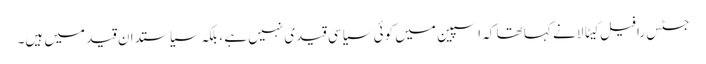
جسٹس رافیل کیٹالا نے کہا تھا کہ اسپین میں کوئی سیاسی قیدی نہیں ہے ، بلکہ سیاستدان قید میں ہیں۔